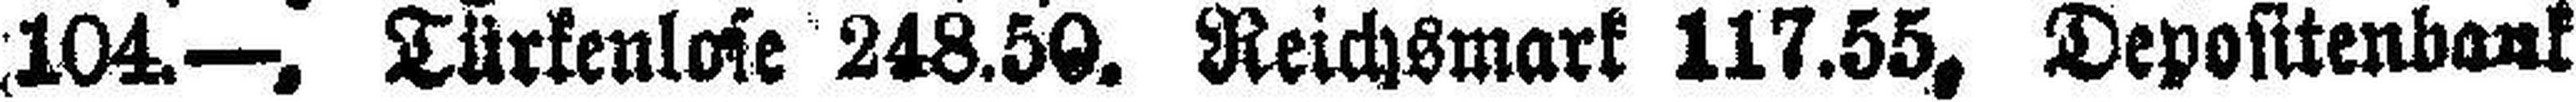
104.—, Türkenlose 248.50. Reichsmark 117.55, Depositenbank